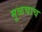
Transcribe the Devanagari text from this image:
मूळचाच